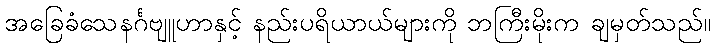
အခြေခံသေနင်္ဂဗျူဟာနှင့် နည်းပရိယာယ်များကို ဘကြီးမိုးက ချမှတ်သည်။